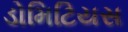
ડોમિટિયસ